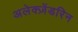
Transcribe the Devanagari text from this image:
अलेक्ज़ेंडरिन